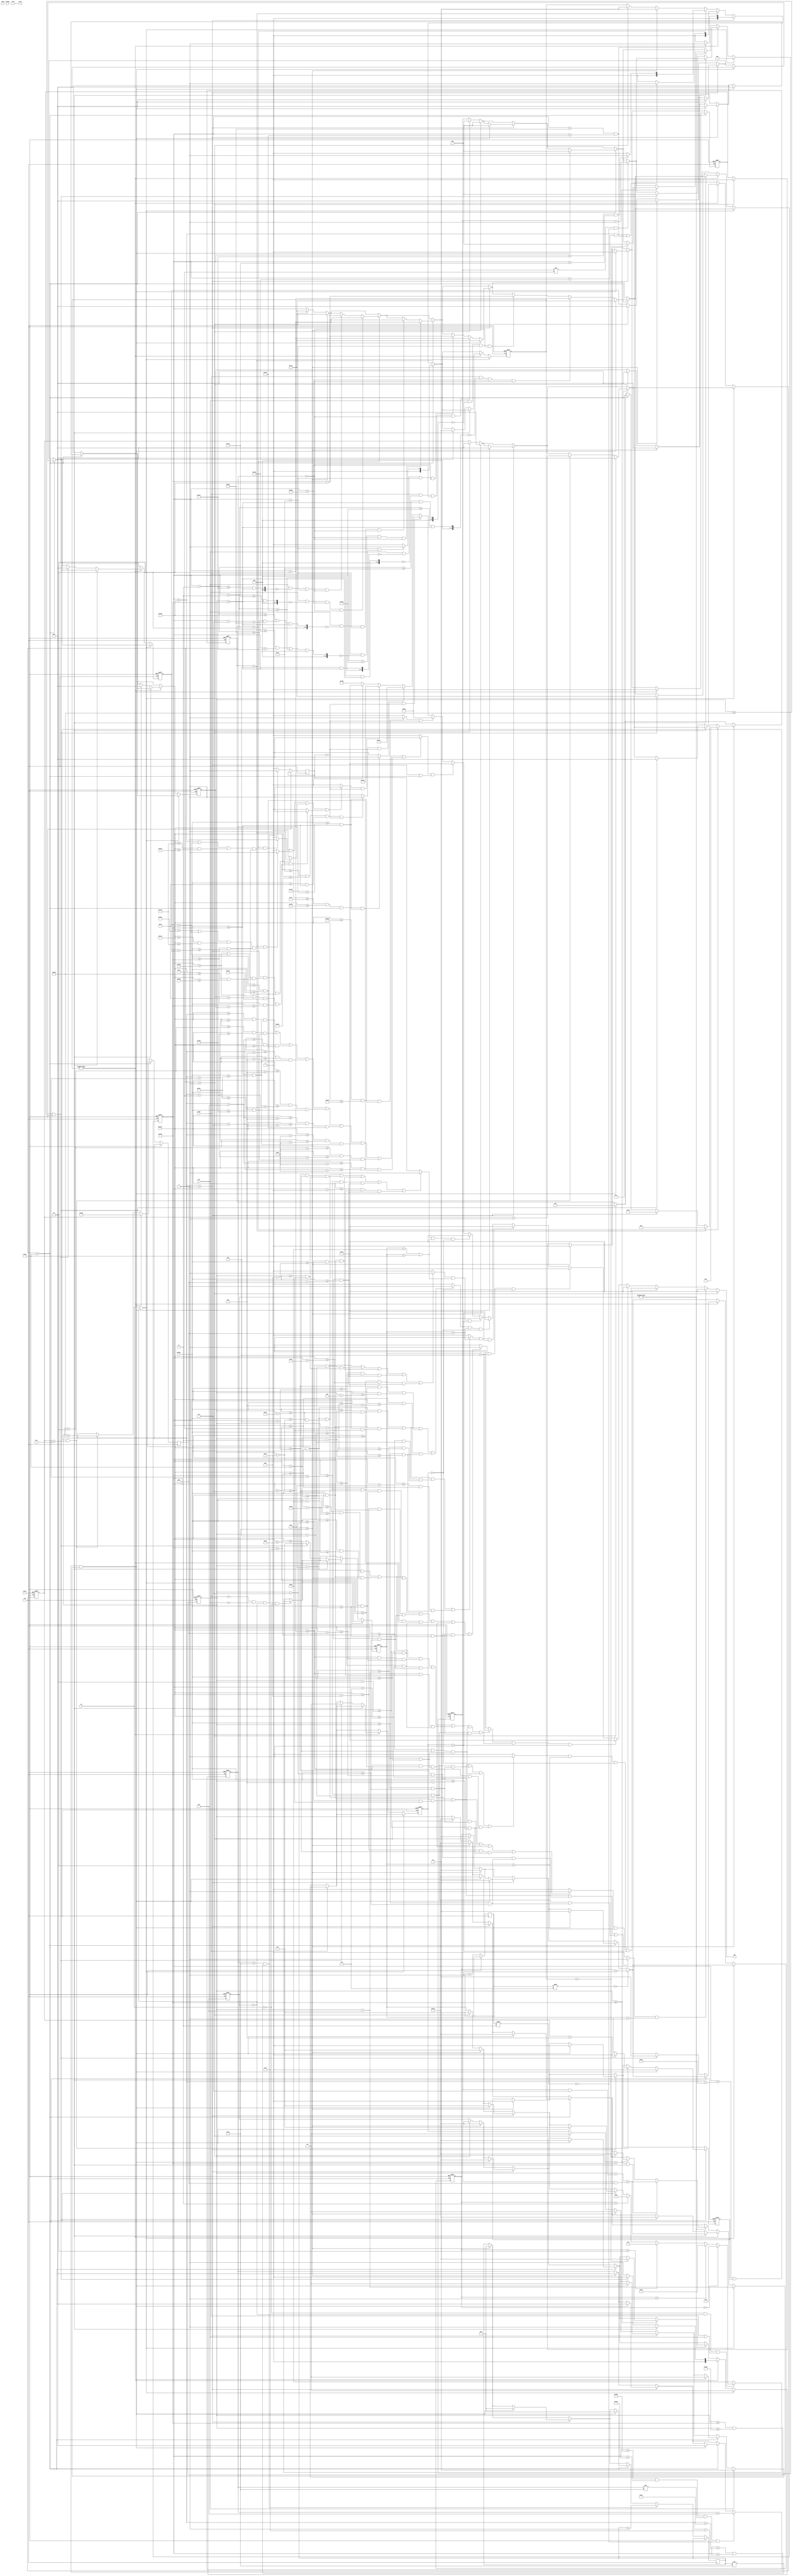
module vga_bitchange(
	input clk,
    input reset,
	input bright,
	input up,down,left,right,
	input [9:0] hCount, vCount,
	output reg [11:0] rgb,
	output reg [15:0] score
   );
	
	parameter BLACK = 12'b1111_1111_1111;
	parameter true_white = 12'b0000_0000_0000; 
	parameter WHITE = 12'b1110_1010_0111; //used
	parameter RED   = 12'b0111_0101_0000; //used
	parameter BLUE = 12'b0001_1001_0110; //used
	parameter CYAN = 12'b1001_1111_1010;
	parameter GREEN = 12'b0000_1111_0000;
	parameter FLOOR = 10'd350;

	parameter LVL1_PIT1_VISUAL_START = 10'd500;
    parameter LVL1_PIT1_VISUAL_END = 10'd550;

	parameter LVL1_PIT1_START = LVL1_PIT1_VISUAL_START - 10'd5;
    parameter LVL1_PIT1_END = LVL1_PIT1_VISUAL_END - 10'd12;
    
	parameter LVL2_PIT1_VISUAL_START = 10'd450;
    parameter LVL2_PIT1_VISUAL_END = 10'd500;

	parameter LVL2_PIT1_START = LVL2_PIT1_VISUAL_START - 10'd5;
    parameter LVL2_PIT1_END = LVL2_PIT1_VISUAL_END - 10'd12;
    
	parameter LVL2_PIT2_VISUAL_START = 10'd600;
    parameter LVL2_PIT2_VISUAL_END = 10'd650;

	parameter LVL2_PIT2_START = LVL2_PIT2_VISUAL_START - 10'd5;
    parameter LVL2_PIT2_END = LVL2_PIT2_VISUAL_END - 10'd12;
    
    parameter LVL3_PIT1_VISUAL_START= 10'd600;
    parameter LVL3_PIT1_VISUAL_END= 10'd650;
    
    parameter LVL3_PIT1_START = LVL3_PIT1_VISUAL_START - 10'd5;
    parameter LVL3_PIT1_END = LVL3_PIT1_VISUAL_END - 10'd12;
    
    parameter LVL4_PIT1_VISUAL_START= 10'd255; // olf 255
    parameter LVL4_PIT1_VISUAL_END= 10'd295; // old 295
    
    parameter LVL4_PIT1_END=LVL4_PIT1_VISUAL_END-10'd12;
    parameter LVL4_PIT1_START=LVL4_PIT1_VISUAL_START-10'd5;
    
    parameter LVL4_PIT2_VISUAL_START = 10'd500;
    parameter LVL4_PIT2_VISUAL_END = 10'd550;

    parameter LVL4_PIT2_END=LVL4_PIT2_VISUAL_END-10'd12;
    parameter LVL4_PIT2_START=LVL4_PIT2_VISUAL_START-10'd5;   
    



	//parameter BLUE = 12'b0000_0000_1111;

	wire whiteZone;
	wire Blue_zone;
	wire Cyan_zone;
	wire Cyan_zone_2;
	wire black_char;
	reg[9:0] black_char_y;
	reg[49:0] black_char_speed; 
	reg[9:0] black_char_x;
    reg[13:0] clock_counter;
    reg[9:0] pit_counter_1;
    reg[9:0] pit_counter_2;
    reg[9:0] spike_counter;
    reg[1:0] airborne;
    reg[5:0] animation_state;
    reg[1:0] facing_right;
    reg[9:0] door_counter;
    
    reg[1:0] about_to_land;

    // store as twos complement
    reg [3:0] y_speed;
    reg [1:0] walking_animation_cycle; 
    reg[31:0] blackout_timer;
    reg blackout_condition;
    
    reg[10:0] level_state;
    
    reg[1:0] in_a_pit;
    reg[9:0] spike_1_x;
    reg[9:0] spike_1_y;
    reg dead;
    reg spike_moving;
    
    
    localparam 
        LVL_START = 11'b00000000001,
        LVL_1 = 11'b00000000010,
        LVL_2 = 11'b00000000100,
        LVL_3 = 11'b00000001000,
        LVL_4 = 11'b00000010000,
        LVL_5 = 11'b00000100000,
        LVL_6 = 11'b00001000000,
        LVL_7 = 11'b00010000000,
        LVL_8 = 11'b00100000000,
        LVL_9 = 11'b01000000000,
        LVL_END = 11'b10000000000;
    

	initial begin
	    walking_animation_cycle <= 2'b00;
	    facing_right <= 1'd1;
	    animation_state <= 6'b000001;
		black_char_y <= 10'd350;
		score <= 15'd0;
		black_char_x <= 10'd300;
		y_speed <= 4'b0;
		airborne<= 1'b0;
		about_to_land <= 1'b1;
		
		pit_counter_1 <= 10'd0;
		pit_counter_2 <= 10'd0;
		
		level_state <= LVL_1;
        in_a_pit <= 0;
        spike_1_x <= 10'd400;
        spike_1_y <= FLOOR;
        
        door_counter <= 10'd0;
        blackout_condition <= 1'b0;

        dead <= 1'b0;
        spike_moving <= 1'b0;
        spike_counter <= 10'b0;
        end
	
	
	always@ (*) // paint a white box on a red background
	begin

    if (level_state == LVL_START)
		rgb = BLACK; // force black if not bright

 	else if (standing_animation == 1  && animation_state == 6'b000001)
	   rgb = BLACK;
	
	else if (walking_1_animation_right == 1  && animation_state == 6'b000010 && facing_right == 1)
	   rgb = BLACK;
	
 	else if (walking_1_animation_left == 1  && animation_state == 6'b000010 && facing_right == 0)
	   rgb = BLACK;
	
	else if (walking_2_animation_right == 1  && animation_state == 6'b000100 && facing_right == 1)
	   rgb = BLACK;
 	else if (walking_2_animation_left == 1  && animation_state == 6'b000100 && facing_right == 0)
	   rgb = BLACK;
	 
	else if (walking_3_animation_right == 1  && animation_state == 6'b001000 && facing_right == 1)
	   rgb = BLACK;
 	else if (walking_3_animation_left == 1  && animation_state == 6'b001000 && facing_right == 0)
	   rgb = BLACK;

	else if (jumping_animation_right == 1  && (animation_state == 6'b100000||animation_state == 6'b010000) && facing_right == 1)
	   rgb = BLACK;
	   
    else if (jumping_animation_left == 1  && (animation_state == 6'b100000||animation_state == 6'b010000) && facing_right == 0)
	   rgb = BLACK;
	   
	   
    else if(spike_1 && (level_state==LVL_3 || level_state==LVL_4))
          rgb = BLACK;

    else if (Cyan_zone == 1 && blackout_condition == 0) 
        rgb = CYAN;
    else if (Cyan_zone_2 == 1 && blackout_condition == 0) 
        rgb = CYAN;
    else if (whiteZone == 1 && blackout_condition == 0) 
        rgb = WHITE; // white box
    else if (All_Pits == 1 && blackout_condition == 0) 
        rgb = BLUE;
    else if (blackout_condition)
        rgb = BLACK;
    else
        rgb = RED; 
        
    end



	always@(posedge clk, posedge reset) 
		begin
		
			if(reset)
			begin 
                y_speed <= 4'b0; // Reset y_speed
                black_char_y <= 10'd350;
		        black_char_x <= 10'd300;
		        airborne <= 1'b0;
		        animation_state <= 6'b000001;
	            facing_right <= 1'd1;
	            walking_animation_cycle <= 2'b00;
                pit_counter_1<=0;
                pit_counter_2<=0;
                in_a_pit <= 0;
                level_state <= LVL_START;
                door_counter <= 0;
                dead <= 1'b0;
                spike_moving <= 1'b0;
                spike_counter <= 10'b0;
				//rough values for center of screen
			end
			else if (clk) begin 
			
                 if(level_state == LVL_START) begin
                        // if(left||right||up) begin
                        level_state <= LVL_1;
                         
                        y_speed <= 4'b0; // Reset y_speed
                        black_char_y <= 10'd350;
                        black_char_x <= 10'd300;
                        airborne <= 1'b0;
                        animation_state <= 6'b000001;
                        facing_right <= 1'd1;
                        walking_animation_cycle <= 2'b00;
                        pit_counter_1=0;
                        pit_counter_2=0;
                        in_a_pit <= 0;
                        dead <= 1'b0;
                        spike_counter <= 10'b0;

                       //  end
                 end
                 
                 if(blackout_timer >= 50) begin
                     if(level_state == LVL_1)begin
                        level_state <= LVL_2;
                        end
                     else if(level_state == LVL_2) begin
                        level_state <=LVL_3;
                        end
                     else if(level_state == LVL_3) begin
                         level_state <=LVL_4;
                       end
                       else if(level_state == LVL_4) begin
                         level_state <=LVL_START;
                       end
                            blackout_timer <= 0;
                            door_counter <= 0;
                            y_speed <= 4'b0; // Reset y_speed
                            black_char_y <= 10'd350;
                            black_char_x <= 10'd300;
                            airborne <= 1'b0;
                            animation_state <= 6'b000001;
                            facing_right <= 1'd1;
                            walking_animation_cycle <= 2'b00;
                            pit_counter_1=0;
                            pit_counter_2=0;
                            
                            in_a_pit <= 0;
                            dead <= 1'b0;
                            spike_moving <= 1'b0;
                            spike_counter <= 10'b0;


                            end
                 
                 if(level_state == LVL_1) begin
                 
                    
                     // Handle pits
                     if ((black_char_x > LVL1_PIT1_VISUAL_START-10'd55) && (clock_counter %3==0) && (pit_counter_1!=200)) begin
                            pit_counter_1 <= pit_counter_1 + 20;
                     end
                     
                     //Handle movement
                     if(right && (((black_char_x + 10'd3 >= LVL1_PIT1_END) && (black_char_y > FLOOR)) == 0) && (black_char_x < 10'd730) && door_counter == 0)
                        black_char_x<=black_char_x+10'd2; 
                     else if (left && (((black_char_x - 10'd3 <= LVL1_PIT1_START) && (black_char_y > FLOOR)) == 0) && (black_char_x > 10'd250) && door_counter == 0)
                        black_char_x<=black_char_x-10'd2; 
                        
                     //check if you're in a put for later logic
                     if((black_char_x > LVL1_PIT1_START) && (black_char_x < LVL1_PIT1_END))
                        in_a_pit <= 1;
                     else
                        in_a_pit <= 0;
                     // state transitoon including setting everyone up
                     
                  
                     //
                 end
                 
                 
                 if(level_state == LVL_2) begin
                        
                     // handle pits
                     if ((black_char_x > LVL2_PIT1_VISUAL_START-10'd40) && (clock_counter %3==0) && (pit_counter_1!=200)) begin
                            pit_counter_1 <= pit_counter_1 + 20;
                        end
                     else if ((black_char_x > LVL2_PIT2_VISUAL_START-10'd40) && (clock_counter %3==0) && (pit_counter_2!=200)) begin
                            pit_counter_2 <= pit_counter_2 + 20;
                     end
                     
                     //Handle movement
                     if(right && (((((black_char_x + 10'd3 >= LVL2_PIT1_END) && (black_char_x  < LVL2_PIT1_END + 10'd7) )||(black_char_x + 10'd3 >= LVL2_PIT2_END)) && (black_char_y > FLOOR)) == 0) && (black_char_x < 10'd730) && door_counter == 0)
                        black_char_x<=black_char_x+10'd2; 
                     else if (left && ((((black_char_x - 10'd3 <= LVL2_PIT1_START) || ((black_char_x - 10'd3 <= LVL2_PIT2_START) && (black_char_x - 10'd7 > LVL2_PIT2_START))) && (black_char_y > FLOOR)) == 0) && (black_char_x > 10'd250) && door_counter == 0)
                        black_char_x<=black_char_x-10'd2; 
                     
                     if(((black_char_x > LVL2_PIT1_START) && (black_char_x < LVL2_PIT1_END)) || ((black_char_x > LVL2_PIT2_START) && (black_char_x < LVL2_PIT2_END)))
                        in_a_pit <= 1;
                     else
                        in_a_pit <= 0;
                     
                          
                 end
                 
                 if(level_state == LVL_3) begin
                        if ((black_char_x > LVL3_PIT1_VISUAL_START-10'd40) && (clock_counter %3==0) && (pit_counter_1!=200)) begin
                            pit_counter_1 <= pit_counter_1 + 20;
                        end
                       if ((black_char_x < spike_1_x + 10'd34) && (black_char_x > spike_1_x - 10'd13) &&(black_char_y<=FLOOR && black_char_y >= FLOOR - 4'd4) ) begin
                            blackout_timer <= 0;
                            door_counter <= 0;
                            y_speed <= 4'b0; // Reset y_speed
                            black_char_y <= 10'd350;
                            black_char_x <= 10'd300;
                            airborne <= 1'b0;
                            animation_state <= 6'b000001;
                            facing_right <= 1'd1;
                            walking_animation_cycle <= 2'b00;
                            pit_counter_1=0;
                            pit_counter_2=0;
                            dead <= 1'b0;
                            spike_moving <= 1'b0;
                            spike_counter <= 10'b0;
                            
                        end
                     
                     //Handle movement
                     else if(right && (((black_char_x + 10'd3 >= LVL3_PIT1_END) && (black_char_y > FLOOR)) == 0) && (black_char_x < 10'd730) && door_counter == 0)
                        black_char_x<=black_char_x+10'd2; 
                     else if (left && (((black_char_x - 10'd3 <= LVL3_PIT1_START) && (black_char_y > FLOOR)) == 0) && (black_char_x > 10'd250) && door_counter == 0)
                        black_char_x<=black_char_x-10'd2; 
                        
                     //check if you're in a put for later logic
                     if((black_char_x > LVL3_PIT1_START) && (black_char_x < LVL3_PIT1_END))
                        in_a_pit <= 1;
                     else
                        in_a_pit <= 0;
                 
                      
                 
                 end
                 if(level_state == LVL_4) begin
                 
                        if ((black_char_x > LVL4_PIT1_VISUAL_START-10'd40) && (clock_counter %3==0) && (pit_counter_1!=200)) begin
                            pit_counter_1 <= pit_counter_1 + 20;
                        end
                        
                        if ((((black_char_x > spike_1_x -10'd42)||(spike_moving)) && (spike_counter < 12))) begin
                            spike_counter <= spike_counter + 1;
                            spike_1_x <= spike_1_x + 10'd2;
                            spike_moving <= 1;
                            if (spike_counter == 11)
                                spike_moving <= 0;
                        end
                        
                       if ((black_char_x < spike_1_x + 10'd34) && (black_char_x > spike_1_x - 10'd13) &&(black_char_y<=FLOOR && black_char_y >= FLOOR - 4'd4) ) begin
                            blackout_timer <= 0;
                            door_counter <= 0;
                            y_speed <= 4'b0; // Reset y_speed
                            black_char_y <= 10'd350;
                            black_char_x <= 10'd300;
                            airborne <= 1'b0;
                            animation_state <= 6'b000001;
                            facing_right <= 1'd1;
                            walking_animation_cycle <= 2'b00;
                            pit_counter_1=0;
                            pit_counter_2=0;
                            dead <= 1'b0;
                            spike_moving <= 1'b0; 
                            spike_1_x <= 10'd400;
                            spike_counter <= 10'b0;

                        end
                     
                     
                     //Handle movement
                     else if(right && (((black_char_x + 10'd3 >= LVL4_PIT1_END) && (black_char_y > FLOOR)) == 0) && (black_char_x < 10'd730) && door_counter == 0)
                        black_char_x<=black_char_x+10'd2; 
                     else if (left && (((black_char_x - 10'd3 <= LVL4_PIT1_START) && (black_char_y > FLOOR)) == 0) && (black_char_x > 10'd250) && door_counter == 0)
                        black_char_x<=black_char_x-10'd2; 
                        
                     //check if you're in a put for later logic
                     if((black_char_x > LVL4_PIT1_START) && (black_char_x < LVL4_PIT1_END))
                        in_a_pit <= 1;
                     else
                        in_a_pit <= 0;
                      
                 
                      
                 
                 end
                 
                 
                 
                 
                 
                 
                 
                 if ((black_char_x > 10'd645) && (black_char_x > 10'd670) && (door_counter!=50) && (clock_counter %3==0))  begin
                        door_counter <= door_counter + 5;
                 end
                 
                 if(door_counter==10'd50 && blackout_timer != 10'd50) begin
                     blackout_condition <= 1'b1;
                     blackout_timer <= blackout_timer + 1'b1;
                 end
                 else if (blackout_condition) begin
                        blackout_condition <= 1'b0;
                 end
                    
                    
 
                        
			
                clock_counter <= clock_counter+1;
                if(clock_counter % 6 == 0/*  && door_counter == 0*/)begin
                    walking_animation_cycle <= walking_animation_cycle + 1'b1;
                end/*
                else if(door_counter == 1)
                    walking_animation_cycle <= 2'b01;
                */
				if(right) begin
				    facing_right <= 1'd1;
				end
				
				else if(left) begin
                    facing_right <= 1'd0;
                end
                
                if(right == 0 && left == 0 && airborne == 0 && up == 0)
                    animation_state <= 6'b000001;
                    
                else if(up == 0 && airborne == 0 && (right || left)) begin
                    if(walking_animation_cycle == 2'b00)
                        animation_state <= 6'b000010;
                    else if(walking_animation_cycle == 2'b01)
                        animation_state <= 6'b010000;
                    else if(walking_animation_cycle == 2'b10)
                        animation_state <= 6'b000100;	
                    else if(walking_animation_cycle == 2'b11)
                        animation_state <= 6'b001000;
                end
                else
                    animation_state <= 6'b100000;

				if(up && airborne==0) begin
					black_char_y<=black_char_y-4'b0101;
                    y_speed <= 4'b0101;
                    airborne <= 1;
                    //animation_state <= 6'b100000;
				end
				
            else begin
                    
                    if(in_a_pit) begin
                        airborne <= 1;
                        if(y_speed != 4'b1010 && clock_counter % 3 == 0) begin
                            y_speed <= y_speed - 1;
                        end
                        // set next y position y =(y + speed)
                        if((black_char_y < 10'd600))
                            black_char_y <= (black_char_y - (y_speed & 4'b0111)) + (y_speed & 4'b1000);
                        else if(black_char_y >= 10'd600 || dead) begin
                            y_speed <= 4'b0; // Reset y_speed
                            black_char_y <= 10'd350;
                            black_char_x <= 10'd300;
                            airborne <= 1'b0;
                            animation_state <= 6'b000001;
                            facing_right <= 1'd1;
                            walking_animation_cycle <= 2'b00;
                            pit_counter_1=0;
                            pit_counter_2=0;
                            in_a_pit <= 0;
                            spike_counter <= 10'b0;

                       end 
                    end
                    else if(airborne)begin
                        //animation_state <= 6'b100000;
                        if (black_char_y >=  FLOOR) begin
                            if (in_a_pit==0)
                            begin
                                airborne <= 0;
                                y_speed <= 4'b0;
                                black_char_y <= FLOOR;
                            end
                        end
                        else if(y_speed != 4'b1010 && clock_counter % 3 == 0) begin
                            y_speed <= y_speed - 1;
                        end
                        if((black_char_y < FLOOR) && (black_char_y < 10'd600))
                            black_char_y <= (black_char_y - (y_speed & 4'b0111)) + (y_speed & 4'b1000);
                            

                           
                       
                    

      
                    
                    end
                    

                    


                    // idk if this is a good idea
                   // if(black_char_y + y_speed > 200 && clock_counter % 25 == 0 && black_char_x < 600 && black_char_x > 650) 

                   // else
                   //     black_char_y <= 200;
                   //     y_speed<= 6'b00;


				end



            end
		end




	
	assign whiteZone = (((hCount >= 10'd250) && (hCount <= 10'd750)) && ((vCount >= 10'd200) && (vCount <= FLOOR)) && (blackout_condition==0)) ? 1 : 0;

        
assign Cyan_zone = (
    ((hCount >= 10'd675) && (hCount <= 10'd715)) &&
    ((vCount >= (10'd300) + door_counter) && (vCount <= FLOOR))
) ? 1 : 0;        

assign Cyan_zone_2 = (
    ((hCount >= 10'd255) && (hCount <= 10'd295)) && (level_state==LVL_4) &&
    ((vCount >= (10'd300) + door_counter) && (vCount <= FLOOR))
) ? 1 : 0;  



        

    
    assign Lvl_1_Pit_1_Zone = ((level_state == LVL_1) && (((black_char_x > LVL1_PIT1_VISUAL_START - 10'd55) || (pit_counter_1 == 200)) &&
                    ((hCount >= LVL1_PIT1_VISUAL_START) && (hCount <= LVL1_PIT1_VISUAL_END)) && 
                    ((vCount >= FLOOR) && (vCount <= FLOOR + pit_counter_1)))) ? 1 : 0;
                    
    assign Lvl_2_Pit_1_Zone  = ((level_state == LVL_2) && (((black_char_x > LVL2_PIT1_VISUAL_START - 10'd40) || (pit_counter_1 == 200)) &&
                    ((hCount >= LVL2_PIT1_VISUAL_START) && (hCount <= LVL2_PIT1_VISUAL_END)) && 
                    ((vCount >= FLOOR) && (vCount <= FLOOR + pit_counter_1)))) ? 1 : 0;

    assign Lvl_2_Pit_2_Zone  = ((level_state == LVL_2) && (((black_char_x > LVL2_PIT2_VISUAL_START - 10'd40) || (pit_counter_2 == 200)) &&
                    ((hCount >= LVL2_PIT2_VISUAL_START) && (hCount <= LVL2_PIT2_VISUAL_END)) && 
                    ((vCount >= FLOOR) && (vCount <= FLOOR + pit_counter_2)))) ? 1 : 0;
                    
    assign Lvl_3_Pit_1_Zone = ((level_state == LVL_3) && (((black_char_x > LVL3_PIT1_VISUAL_START - 10'd40) || (pit_counter_1 == 200)) &&
                    ((hCount >= (LVL3_PIT1_VISUAL_START)) && (hCount <= LVL3_PIT1_VISUAL_END))) && 
                    ((vCount >= FLOOR) && (vCount <= FLOOR + pit_counter_1))) ? 1 : 0;
                    
     assign Lvl_4_Pit_1_Zone = ((level_state == LVL_4) && (((black_char_x > LVL4_PIT1_VISUAL_START - 10'd40) || (pit_counter_1 == 200)) &&
                    ((hCount >= (LVL4_PIT1_VISUAL_START)) && (hCount <= LVL4_PIT1_VISUAL_END))) && 
                    ((vCount >= FLOOR) && (vCount <= FLOOR + pit_counter_1))) ? 1 : 0;
                   
    /* assign Lvl_4_Pit_2_Zone = ((level_state == LVL_4) && (((black_char_x > LVL4_PIT2_VISUAL_START - 10'd40) || (pit_counter_2 == 200)) &&
                    ((hCount >= (LVL4_PIT2_VISUAL_START)) && (hCount <= LVL4_PIT2_VISUAL_END))) && 
                    ((vCount >= FLOOR) && (vCount <= FLOOR + pit_counter_2))) ? 1 : 0;
    */
    
    assign All_Pits = (Lvl_1_Pit_1_Zone || Lvl_2_Pit_1_Zone|| Lvl_3_Pit_1_Zone || Lvl_2_Pit_2_Zone /* || Lvl_4_Pit_1_Zone || Lvl_4_Pit_2_Zone*/ )? 1 : 0;

	//assign block_fill= vCount>=(black_char_y-10) && vCount<=(black_char_y+10) && hCount>=(black_char_x-10) && hCount<=(black_char_x+10) ? 1 : 0;
				   
    // assign black_char = ((hCount >= black_char_x) && (hCount < (black_char_x+10'd20))) &&
		//		   ((vCount <= black_char_y) &&(vCount >= (black_char_y - 10'd30))) ? 1 : 0;
				   
//    assign standing = ((hCount >= (black_char_x + 10'd7)) && (black_char_x+10'd13)) && 
  //                      ((vCount <= (black_char_y - 10'd23)) &&(vCount >= (black_char_y - 10'd30))) ? 1 : 0;
           
           
       assign bottom_hitbox = (((hCount >= (black_char_x + 10'd7)) && (hCount <= (black_char_x+10'd13))) &&
                              (vCount <= (black_char_y - (y_speed & 4'b0111)) + (y_speed & 4'b1000)) && vCount >= black_char_y) ? 1 : 0;
                        
       assign standing_animation = (((hCount >= (black_char_x + 10'd7)) && (hCount <= (black_char_x+10'd13))) && 
                    ((vCount <= (black_char_y - 10'd23)) &&(vCount >= (black_char_y - 10'd30)))) ||
                  (((hCount >= (black_char_x + 10'd4)) && (hCount <= (black_char_x + 10'd16))) && 
                    ((vCount <= (black_char_y - 10'd7)) &&(vCount >= (black_char_y - 10'd23)))) || 
	          
	               (((hCount >= (black_char_x + 10'd4)) && (hCount <= (black_char_x+10'd8))) && 
                    ((vCount <= (black_char_y)) &&(vCount >= (black_char_y - 10'd7)))) ||
                  (((hCount >= (black_char_x + 10'd12)) && (hCount <= (black_char_x + 10'd16))) && 
                    ((vCount <= (black_char_y)) &&(vCount >= (black_char_y - 10'd7)))) ? 1 : 0;
       
       
        assign jumping_animation_right = (((hCount >= (black_char_x + 10'd7)) && (hCount <= (black_char_x+10'd13))) && 
                        ((vCount <= (black_char_y - 10'd23)) &&(vCount >= (black_char_y - 10'd30)))) ||
                    (((hCount >= (black_char_x + 10'd2)) && (hCount <= (black_char_x+10'd16))) && 
                        ((vCount <= (black_char_y - 10'd14)) &&(vCount >= (black_char_y - 10'd23)))) ||
                        
                    (((hCount >= (black_char_x + 10'd4)) && (hCount <= (black_char_x + 10'd16))) && 
                        ((vCount <= (black_char_y - 10'd7)) &&(vCount >= (black_char_y - 10'd14))))||
                    (((hCount >= (black_char_x)) && (hCount <= (black_char_x + 10'd8))) && 
                        ((vCount <= (black_char_y - 10'd4)) &&(vCount >= (black_char_y - 10'd8)))) ||
                    (((hCount >= (black_char_x + 10'd16)) && (hCount <= (black_char_x + 10'd20))) && 
                        ((vCount <= (black_char_y - 10'd4)) &&(vCount >= (black_char_y - 10'd8)))) ? 1 : 0;
                        
                        
        assign jumping_animation_left = (((hCount >= (black_char_x + 10'd7)) && (hCount <= (black_char_x+10'd13))) && 
                ((vCount <= (black_char_y - 10'd23)) &&(vCount >= (black_char_y - 10'd30)))) ||
            (((hCount >= (black_char_x + 10'd4)) && (hCount <= (black_char_x+10'd18))) && 
                ((vCount <= (black_char_y - 10'd14)) &&(vCount >= (black_char_y - 10'd23)))) ||
                
            (((hCount >= (black_char_x + 10'd4)) && (hCount <= (black_char_x + 10'd16))) && 
                ((vCount <= (black_char_y - 10'd7)) &&(vCount >= (black_char_y - 10'd14))))||
            (((hCount >= (black_char_x + 10'd12)) && (hCount <= (black_char_x + 10'd20))) && 
                ((vCount <= (black_char_y - 10'd4)) &&(vCount >= (black_char_y - 10'd8)))) ||
            (((hCount >= (black_char_x + 10'd0)) && (hCount <= (black_char_x + 10'd4))) && 
                ((vCount <= (black_char_y - 10'd4)) &&(vCount >= (black_char_y - 10'd8)))) ? 1 : 0;
                
                
    assign walking_1_animation_right = (((hCount >= (black_char_x + 10'd7)) && (hCount <= (black_char_x+10'd13))) && 
                ((vCount <= (black_char_y - 10'd23)) &&(vCount >= (black_char_y - 10'd30)))) ||
            
            (((hCount >= (black_char_x + 10'd4)) && (hCount <= (black_char_x + 10'd16))) && 
                    ((vCount <= (black_char_y - 10'd7)) &&(vCount >= (black_char_y - 10'd23)))) || 
                
            (((hCount >= (black_char_x + 10'd4)) && (hCount <= (black_char_x + 10'd8))) && 
                ((vCount <= (black_char_y - 10'd5)) &&(vCount >= (black_char_y - 10'd7))))||
                
            (((hCount >= (black_char_x + 10'd2)) && (hCount <= (black_char_x + 10'd7))) && 
                ((vCount <= (black_char_y)) &&(vCount >= (black_char_y - 10'd4)))) ||
                
            (((hCount >= (black_char_x + 10'd14)) && (hCount <= (black_char_x + 10'd18))) && 
                ((vCount <= (black_char_y - 10'd2)) &&(vCount >= (black_char_y - 10'd11)))) ? 1 : 0;
                
    assign walking_1_animation_left = (((hCount >= (black_char_x + 10'd7)) && (hCount <= (black_char_x+10'd13))) && 
            ((vCount <= (black_char_y - 10'd23)) &&(vCount >= (black_char_y - 10'd30)))) ||
        
        (((hCount >= (black_char_x + 10'd4)) && (hCount <= (black_char_x + 10'd16))) && 
                ((vCount <= (black_char_y - 10'd7)) &&(vCount >= (black_char_y - 10'd23)))) || 
            
        (((hCount >= (black_char_x + 10'd12)) && (hCount <= (black_char_x + 10'd16))) && 
            ((vCount <= (black_char_y - 10'd5)) &&(vCount >= (black_char_y - 10'd7))))||
            
        (((hCount >= (black_char_x + 10'd13)) && (hCount <= (black_char_x + 10'd18))) && 
            ((vCount <= (black_char_y)) &&(vCount >= (black_char_y - 10'd4)))) ||
            
        (((hCount >= (black_char_x + 10'd2)) && (hCount <= (black_char_x + 10'd6))) && 
            ((vCount <= (black_char_y - 10'd2)) &&(vCount >= (black_char_y - 10'd11)))) ? 1 : 0;
           
     
     
     
     assign walking_2_animation_right = (((hCount >= (black_char_x + 10'd7)) && (hCount <= (black_char_x+10'd13))) && 
            ((vCount <= (black_char_y - 10'd25)) &&(vCount >= (black_char_y - 10'd32)))) ||
        
        (((hCount >= (black_char_x + 10'd4)) && (hCount <= (black_char_x + 10'd16))) && 
                ((vCount <= (black_char_y - 10'd9)) &&(vCount >= (black_char_y - 10'd25)))) || 
            
         (((hCount >= (black_char_x + 10'd2)) && (hCount <= (black_char_x+10'd8))) && 
                    ((vCount <= (black_char_y - 10'd7)) &&(vCount >= (black_char_y - 10'd9)))) ||
         (((hCount >= (black_char_x)) && (hCount <= (black_char_x+10'd6))) && 
                    ((vCount <= (black_char_y - 10'd4)) &&(vCount >= (black_char_y - 10'd7)))) ||
         
        (((hCount >= (black_char_x + 10'd2)) && (hCount <= (black_char_x+10'd4))) && 
                    ((vCount <= (black_char_y - 10'd2)) &&(vCount >= (black_char_y - 10'd4)))) ||
          
        (((hCount >= (black_char_x + 10'd13)) && (hCount <= (black_char_x + 10'd18))) && 
            ((vCount <= (black_char_y)) &&(vCount >= (black_char_y - 10'd4)))) ||
            
        (((hCount >= (black_char_x + 10'd12)) && (hCount <= (black_char_x + 10'd16))) && 
                    ((vCount <= (black_char_y - 10'd2)) &&(vCount >= (black_char_y - 10'd9)))) ? 1 : 0;
       
          
          
          
               
     assign walking_2_animation_left = (((hCount >= (black_char_x + 10'd7)) && (hCount <= (black_char_x+10'd13))) && 
            ((vCount <= (black_char_y - 10'd25)) &&(vCount >= (black_char_y - 10'd32)))) ||
        
        (((hCount >= (black_char_x + 10'd4)) && (hCount <= (black_char_x + 10'd16))) && 
                ((vCount <= (black_char_y - 10'd9)) &&(vCount >= (black_char_y - 10'd25)))) || 
            
         (((hCount >= (black_char_x + 10'd12)) && (hCount <= (black_char_x+10'd18))) && 
                    ((vCount <= (black_char_y - 10'd7)) &&(vCount >= (black_char_y - 10'd9)))) ||
         (((hCount >= (black_char_x+10'd14)) && (hCount <= (black_char_x+10'd20))) && 
                    ((vCount <= (black_char_y - 10'd4)) &&(vCount >= (black_char_y - 10'd7)))) ||
         
        (((hCount >= (black_char_x + 10'd16)) && (hCount <= (black_char_x+10'd18))) && 
                    ((vCount <= (black_char_y - 10'd2)) &&(vCount >= (black_char_y - 10'd4)))) ||
          
        (((hCount >= (black_char_x + 10'd2)) && (hCount <= (black_char_x + 10'd7))) && 
            ((vCount <= (black_char_y)) &&(vCount >= (black_char_y - 10'd4)))) ||
            
        (((hCount >= (black_char_x + 10'd4)) && (hCount <= (black_char_x + 10'd8))) && 
                    ((vCount <= (black_char_y - 10'd2)) &&(vCount >= (black_char_y - 10'd9)))) ? 1 : 0;      
                
                
        assign walking_3_animation_right = (((hCount >= (black_char_x + 10'd7)) && (hCount <= (black_char_x+10'd13))) && 
            ((vCount <= (black_char_y - 10'd3)) &&(vCount >= (black_char_y - 10'd30)))) ||
          
          (((hCount >= (black_char_x + 10'd4)) && (hCount <= (black_char_x + 10'd16))) && 
            ((vCount <= (black_char_y - 10'd10)) &&(vCount >= (black_char_y - 10'd23)))) || 
      
           (((hCount >= (black_char_x + 10'd13)) && (hCount <= (black_char_x+10'd16))) && 
            ((vCount <= (black_char_y - 10'd5)) &&(vCount >= (black_char_y - 10'd10)))) ||
          (((hCount >= (black_char_x + 10'd9)) && (hCount <= (black_char_x + 10'd13))) && 
            ((vCount <= (black_char_y)) &&(vCount >= (black_char_y - 10'd3)))) ? 1 : 0;
            
      assign walking_3_animation_left = (((hCount >= (black_char_x + 10'd7)) && (hCount <= (black_char_x+10'd13))) && 
            ((vCount <= (black_char_y - 10'd3)) &&(vCount >= (black_char_y - 10'd30)))) ||
          
          (((hCount >= (black_char_x + 10'd4)) && (hCount <= (black_char_x + 10'd16))) && 
            ((vCount <= (black_char_y - 10'd10)) &&(vCount >= (black_char_y - 10'd23)))) || 
      
           (((hCount >= (black_char_x + 10'd4)) && (hCount <= (black_char_x+10'd7))) && 
            ((vCount <= (black_char_y - 10'd10)) &&(vCount >= (black_char_y - 10'd15)))) ||
          (((hCount >= (black_char_x + 10'd7)) && (hCount <= (black_char_x + 10'd11))) && 
            ((vCount <= (black_char_y)) &&(vCount >= (black_char_y - 10'd3)))) ? 1 : 0;
            
       
      assign spike_1 = (
      ((hCount >= (spike_1_x)) && (hCount <= (spike_1_x+10'd12))) &&((vCount <= spike_1_y) && (vCount >= spike_1_y - 10'd2)) ||
      ((hCount >= (spike_1_x+10'd2)) && (hCount <= (spike_1_x+10'd10))) &&((vCount <= spike_1_y-10'd2) && (vCount >= spike_1_y - 10'd5)) ||
    ((hCount >= (spike_1_x+10'd5)) && (hCount <= (spike_1_x+10'd7))) &&((vCount <= spike_1_y-10'd5) && (vCount >= spike_1_y - 10'd9)) ||
    
     ((hCount >= (spike_1_x + 10'd11)) && (hCount <= (spike_1_x+10'd12 + 10'd11))) &&((vCount <= spike_1_y) && (vCount >= spike_1_y - 10'd2)) ||
     ((hCount >= (spike_1_x+10'd2 + 10'd11)) && (hCount <= (spike_1_x+10'd10 + 10'd11))) &&((vCount <= spike_1_y-10'd2) && (vCount >= spike_1_y - 10'd5)) ||
     ((hCount >= (spike_1_x+10'd5 + 10'd11)) && (hCount <= (spike_1_x+10'd7 + 10'd11))) &&((vCount <= spike_1_y-10'd5) && (vCount >= spike_1_y - 10'd9)) ||
     
     ((hCount >= (spike_1_x + 10'd22)) && (hCount <= (spike_1_x+10'd12 + 10'd22))) &&((vCount <= spike_1_y) && (vCount >= spike_1_y - 10'd2)) ||
     ((hCount >= (spike_1_x+10'd2 + 10'd22)) && (hCount <= (spike_1_x+10'd10 + 10'd22))) &&((vCount <= spike_1_y-10'd2) && (vCount >= spike_1_y - 10'd5)) ||
     ((hCount >= (spike_1_x+10'd5 + 10'd22)) && (hCount <= (spike_1_x+10'd7 + 10'd22))) &&((vCount <= spike_1_y-10'd5) && (vCount >= spike_1_y - 10'd9))
      
      ) ? 1 : 0;
                
endmodule